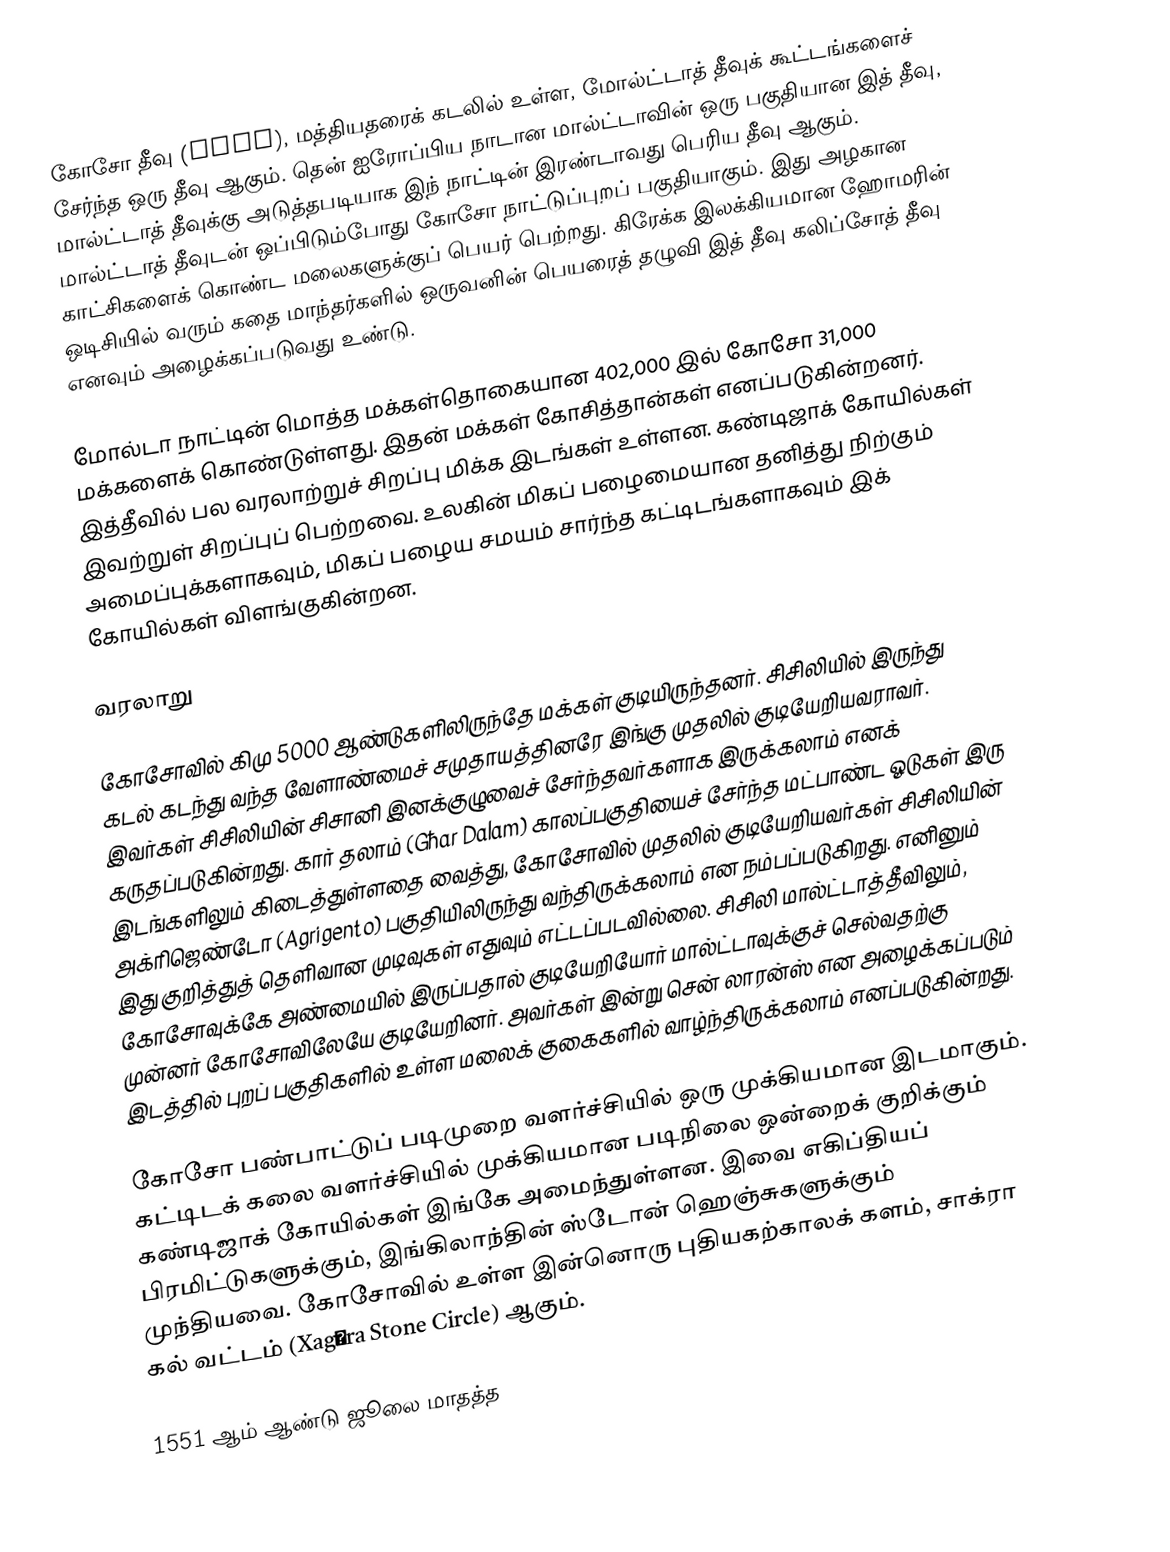
கோசோ தீவு (Gozo), மத்தியதரைக் கடலில் உள்ள, மோல்ட்டாத் தீவுக் கூட்டங்களைச் சேர்ந்த ஒரு தீவு ஆகும். தென் ஐரோப்பிய நாடான மால்ட்டாவின் ஒரு பகுதியான இத் தீவு, மால்ட்டாத் தீவுக்கு அடுத்தபடியாக இந் நாட்டின் இரண்டாவது பெரிய தீவு ஆகும். மால்ட்டாத் தீவுடன் ஒப்பிடும்போது கோசோ நாட்டுப்புறப் பகுதியாகும். இது அழகான காட்சிகளைக் கொண்ட மலைகளுக்குப் பெயர் பெற்றது. கிரேக்க இலக்கியமான ஹோமரின் ஒடிசியில் வரும் கதை மாந்தர்களில் ஒருவனின் பெயரைத் தழுவி இத் தீவு கலிப்சோத் தீவு எனவும் அழைக்கப்படுவது உண்டு.

மோல்டா நாட்டின் மொத்த மக்கள்தொகையான 402,000 இல் கோசோ 31,000 மக்களைக் கொண்டுள்ளது. இதன் மக்கள் கோசித்தான்கள் எனப்படுகின்றனர். இத்தீவில் பல வரலாற்றுச் சிறப்பு மிக்க இடங்கள் உள்ளன. கண்டிஜாக் கோயில்கள் இவற்றுள் சிறப்புப் பெற்றவை. உலகின் மிகப் பழைமையான தனித்து நிற்கும் அமைப்புக்களாகவும், மிகப் பழைய சமயம் சார்ந்த கட்டிடங்களாகவும் இக் கோயில்கள் விளங்குகின்றன.

வரலாறு

கோசோவில் கிமு 5000 ஆண்டுகளிலிருந்தே மக்கள் குடியிருந்தனர். சிசிலியில் இருந்து கடல் கடந்து வந்த வேளாண்மைச் சமுதாயத்தினரே இங்கு முதலில் குடியேறியவராவர். இவர்கள் சிசிலியின் சிசானி இனக்குழுவைச் சேர்ந்தவர்களாக இருக்கலாம் எனக் கருதப்படுகின்றது. கார் தலாம் (Għar Dalam) காலப்பகுதியைச் சேர்ந்த மட்பாண்ட ஓடுகள் இரு இடங்களிலும் கிடைத்துள்ளதை வைத்து, கோசோவில் முதலில் குடியேறியவர்கள் சிசிலியின் அக்ரிஜெண்டோ (Agrigento) பகுதியிலிருந்து வந்திருக்கலாம் என நம்பப்படுகிறது. எனினும் இது குறித்துத் தெளிவான முடிவுகள் எதுவும் எட்டப்படவில்லை. சிசிலி மால்ட்டாத்தீவிலும், கோசோவுக்கே அண்மையில் இருப்பதால் குடியேறியோர் மால்ட்டாவுக்குச் செல்வதற்கு முன்னர் கோசோவிலேயே குடியேறினர். அவர்கள் இன்று சென் லாரன்ஸ் என அழைக்கப்படும் இடத்தில் புறப் பகுதிகளில் உள்ள மலைக் குகைகளில் வாழ்ந்திருக்கலாம் எனப்படுகின்றது.

கோசோ பண்பாட்டுப் படிமுறை வளர்ச்சியில் ஒரு முக்கியமான இடமாகும். கட்டிடக் கலை வளர்ச்சியில் முக்கியமான படிநிலை ஒன்றைக் குறிக்கும் கண்டிஜாக் கோயில்கள் இங்கே அமைந்துள்ளன. இவை எகிப்தியப் பிரமிட்டுகளுக்கும், இங்கிலாந்தின் ஸ்டோன் ஹெஞ்சுகளுக்கும் முந்தியவை. கோசோவில் உள்ள இன்னொரு புதியகற்காலக் களம், சாக்ரா கல் வட்டம் (Xagħra Stone Circle) ஆகும்.

1551 ஆம் ஆண்டு ஜூலை மாதத்த